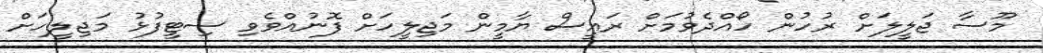
މޫސާ ޖަލީލަށް ރުހުން ހޯއްދެވުމަށް ރައީސް ޔާމީން މަޖިލީހަށް ފޮނުއްވެވި ސިޓީފުޅު މަޖިލީހަށް